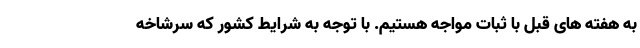
به هفته های قبل با ثبات مواجه هستیم. با توجه به شرایط کشور که سرشاخه